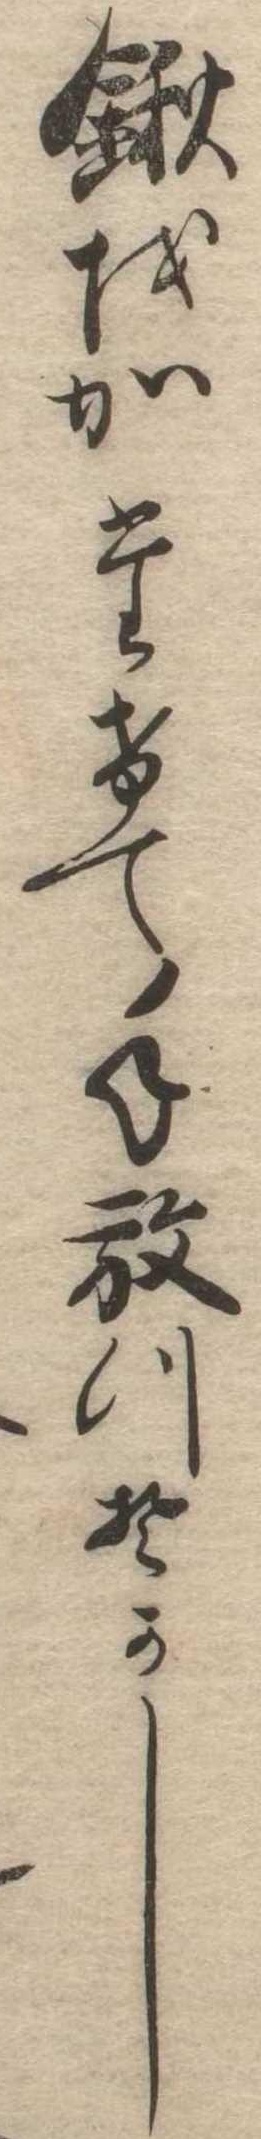
鍬をかたけて手放つそかし